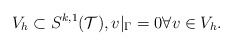
\begin{align*}V_h \subset S^{k,1}({\mathcal T}), v|_{\Gamma} = 0 \forall v \in V_h.\end{align*}